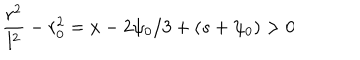
\frac { r ^ { 2 } } { l ^ { 2 } } - r _ { 0 } ^ { 2 } = x - 2 \psi _ { 0 } / 3 + ( s + \psi _ { 0 } ) > 0